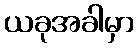
ယခုအခါမှာ